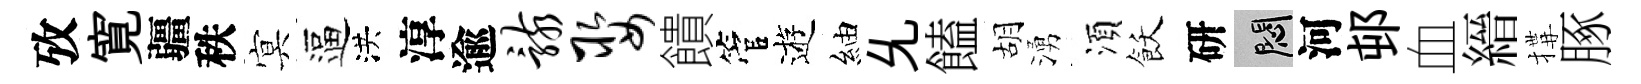
攷寛疆秩㝠逼洪淳逾骸娶饋管逰紬𠃔饁胡湧湏飫研悶河邨血縉搆䐁